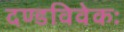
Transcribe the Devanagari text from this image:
दण्डविवेकः